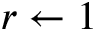
r \gets 1